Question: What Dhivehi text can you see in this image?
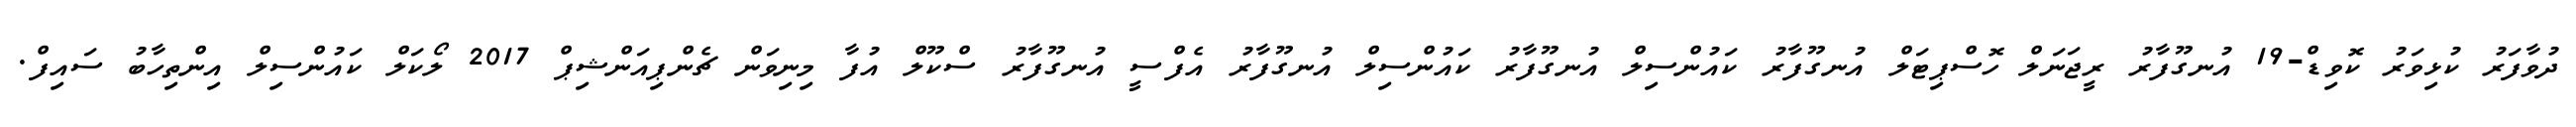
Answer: ދުވާފަރު ކުޅިވަރު ކޮވިޑް-19 އުނގޫފާރު ރީޖަނަލް ހޮސްޕިޓަލް އުނގޫފާރު ކައުންސިލް އުނގޫފާރު ކައުންސިލް އުނގޫފާރު އެފްސީ އުނގޫފާރު ސްކޫލް އުފާ މިނިވަން ޗެންޕިއަންޝިޕް 2017 ލޯކަލް ކައުންސިލް އިންތިހާބު ސައިފް.